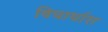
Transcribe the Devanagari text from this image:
विचार्धारा